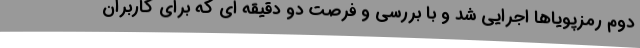
دوم رمزپویاها اجرایی شد و با بررسی و فرصت دو دقیقه ای که برای کاربران